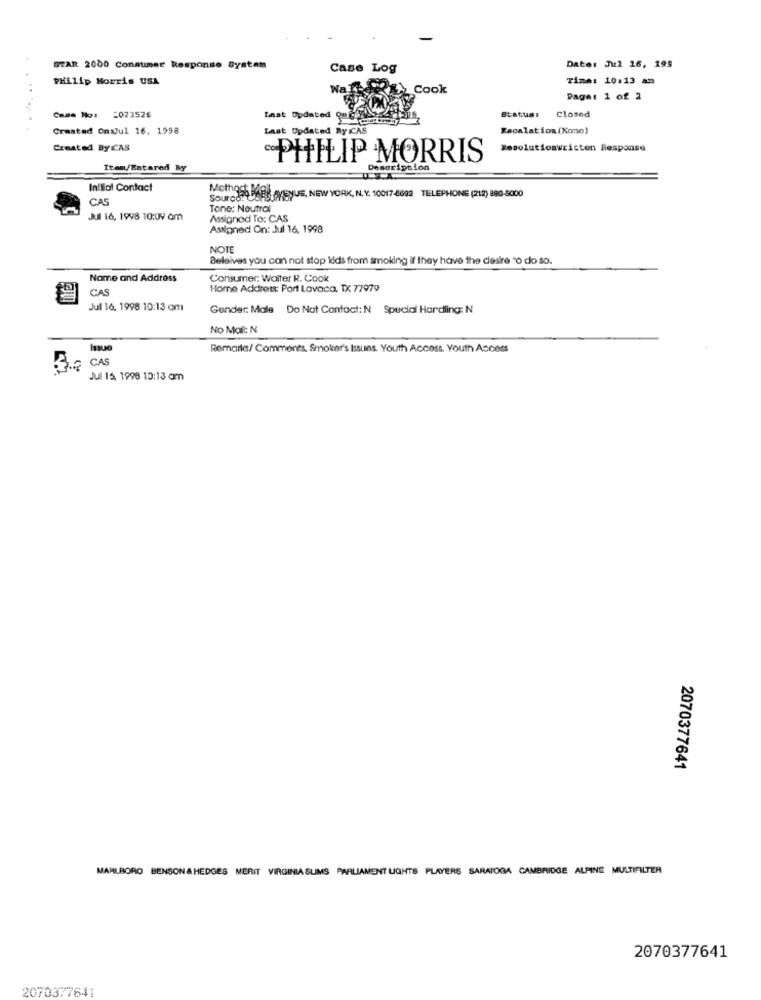
Date: Jul 16, 199
STAR 2000 Consumer Response System
Case Log
PHilip Norris USA
Time: 10:13 am
Wafer Cook
Page: 1 of 2
Case No: 2023526
Last Updated abrir
Statuml
Closed
Created On:Jul 16, 1998
Last Updated By CAS
Escalation (Xono)
Created By CAS
Resolutionwricten Response
PHILIP MORRIS
Item/Entared By
soription
Initial Contact
CAS
Mothost Ball AVENUE, NEW YORK, N. Y. 10017-6602 TELEPHONE (212) 880-8000
Tone: Neutral
Jul 16, 1998 10:09 am
Assigned To: CAS
Assigned On: Jul 16, 1998
NOTE
Beleives you can not stop kids from smoking if they have the desire "% do so.
Name and Address
Consumer: Walter R. Cook
CAS
Home Address: Port Lavaca, TX 77979
Jul 16, 1998 10:13 om
Gender: Male Do Not Contact: N Special Hardling: N
No Mail: N
Issue
Remarks/ Comments. Smoker's issues. Youth Access. Youth Access
3. CAS
Jul 16, 1998 10:13 am
2070377641
MARLBORO BENSON & HEDGES MERIT VIRGINIA SLIMS PARLIAMENT UGHTS PLAYERS SARATOGA CAMBRIDGE ALPINE MULTIFILTER
2070377641
2070377641